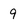
Character: 9